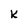
Character: k